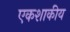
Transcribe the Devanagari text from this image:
एकशाकीय